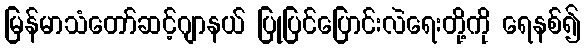
မြန်မာသံတော်ဆင့်ဂျာနယ် ပြုပြင်ပြောင်းလဲရေးတို့ကို ရေနစ်၍